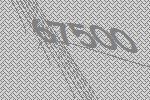
67500